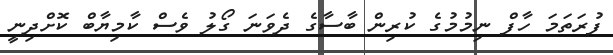
ފުރަތަމަ ހާފް ނިމުމުގެ ކުރިން ބާސާގެ ދެވަނަ ގޯލު ވެސް ކާމިޔާބް ކޮށްދިނީ